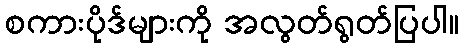
စကားပိုဒ်များကို အလွတ်ရွတ်ပြပါ။